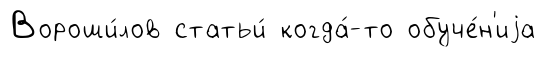
Вороши́лов статьи́ когда́-то обуче́н'иjа